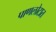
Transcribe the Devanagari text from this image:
पाणलोटात